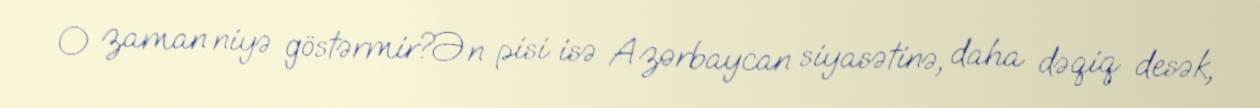
O zaman niyə göstərmir?Ən pisi isə Azərbaycan siyasətinə, daha dəqiq desək,